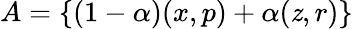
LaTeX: A=\{ (1-\alpha)(x,p)+\alpha(\mathit{z},r)\}